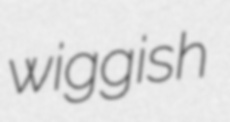
wiggish